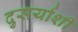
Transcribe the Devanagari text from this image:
दुसर्याशी